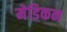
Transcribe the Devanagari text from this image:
मेडिकन